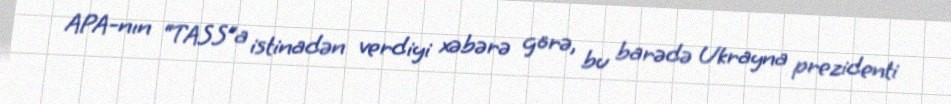
APA-nın “TASS”a istinadən verdiyi xəbərə görə, bu barədə Ukrayna prezidenti